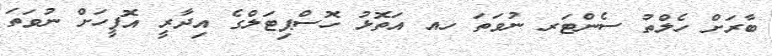
ބާރަށް ހެލްތު ސެންޓަރ ނުވަތަ ހއ އަތޮޅު ހޮސްޕިޓަލްގެ އިދާރީ އޮފީހަށް ނުވަތަ